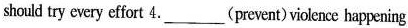
should try every effort 4.___(prevent)violence happening